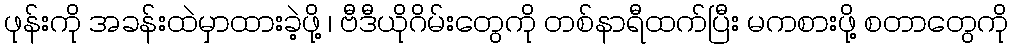
ဖုန်းကို အခန်းထဲမှာထားခဲ့ဖို့ ၊ ဗီဒီယိုဂိမ်းတွေကို တစ်နာရီထက်ပြီး မကစားဖို့ စတာတွေကို